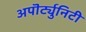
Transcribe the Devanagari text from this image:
अपॊर्ट्युनिटी